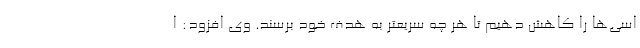
اسی‌ها را کاهش دهیم تا هر چه سریعتر به هدف خود برسند. وی افزود: ا